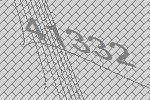
41332